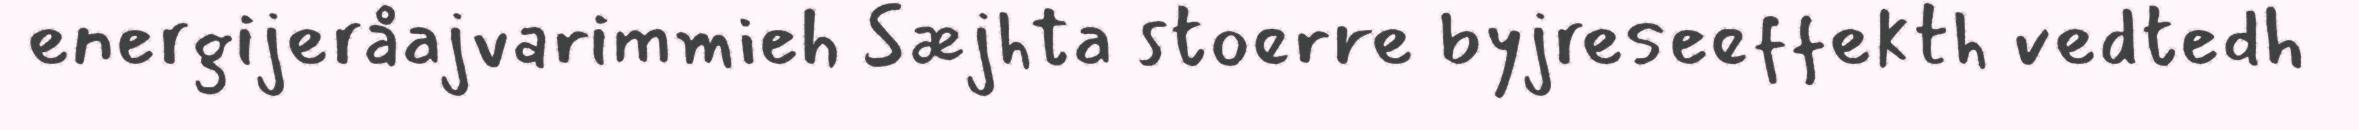
energijeråajvarimmieh Sæjhta stoerre byjreseeffekth vedtedh